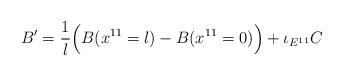
LaTeX: \begin{align*}B'={{1}\over{l}}\Big(B(x^{11}=l)-B(x^{11}=0)\Big)+ \iota_{E^{11}}C\end{align*}